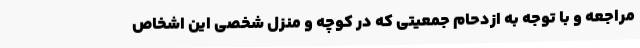
مراجعه و با توجه به ازدحام جمعیتی که در کوچه و منزل شخصی این اشخاص